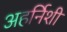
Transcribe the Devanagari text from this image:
अहर्निशी